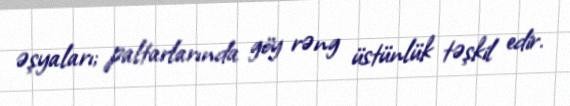
əşyaları; paltarlarında göy rəng üstünlük təşkil edir.